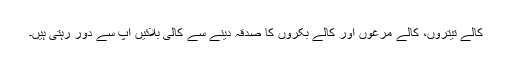
کالے تیتروں، کالے مرغوں اور کالے بکروں کا صدقہ دینے سے کالی بلائیں آپ سے دور رہتی ہیں۔